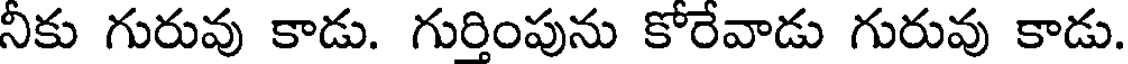
నీకు గురువు కాడు. గుర్తింపును కోరేవాడు గురువు కాడు